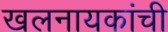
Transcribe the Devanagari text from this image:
खलनायकांची